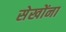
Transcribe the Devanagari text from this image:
सेखोंना